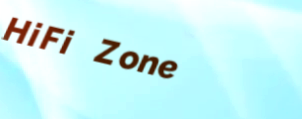
HiFi Zone